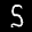
Label: 5